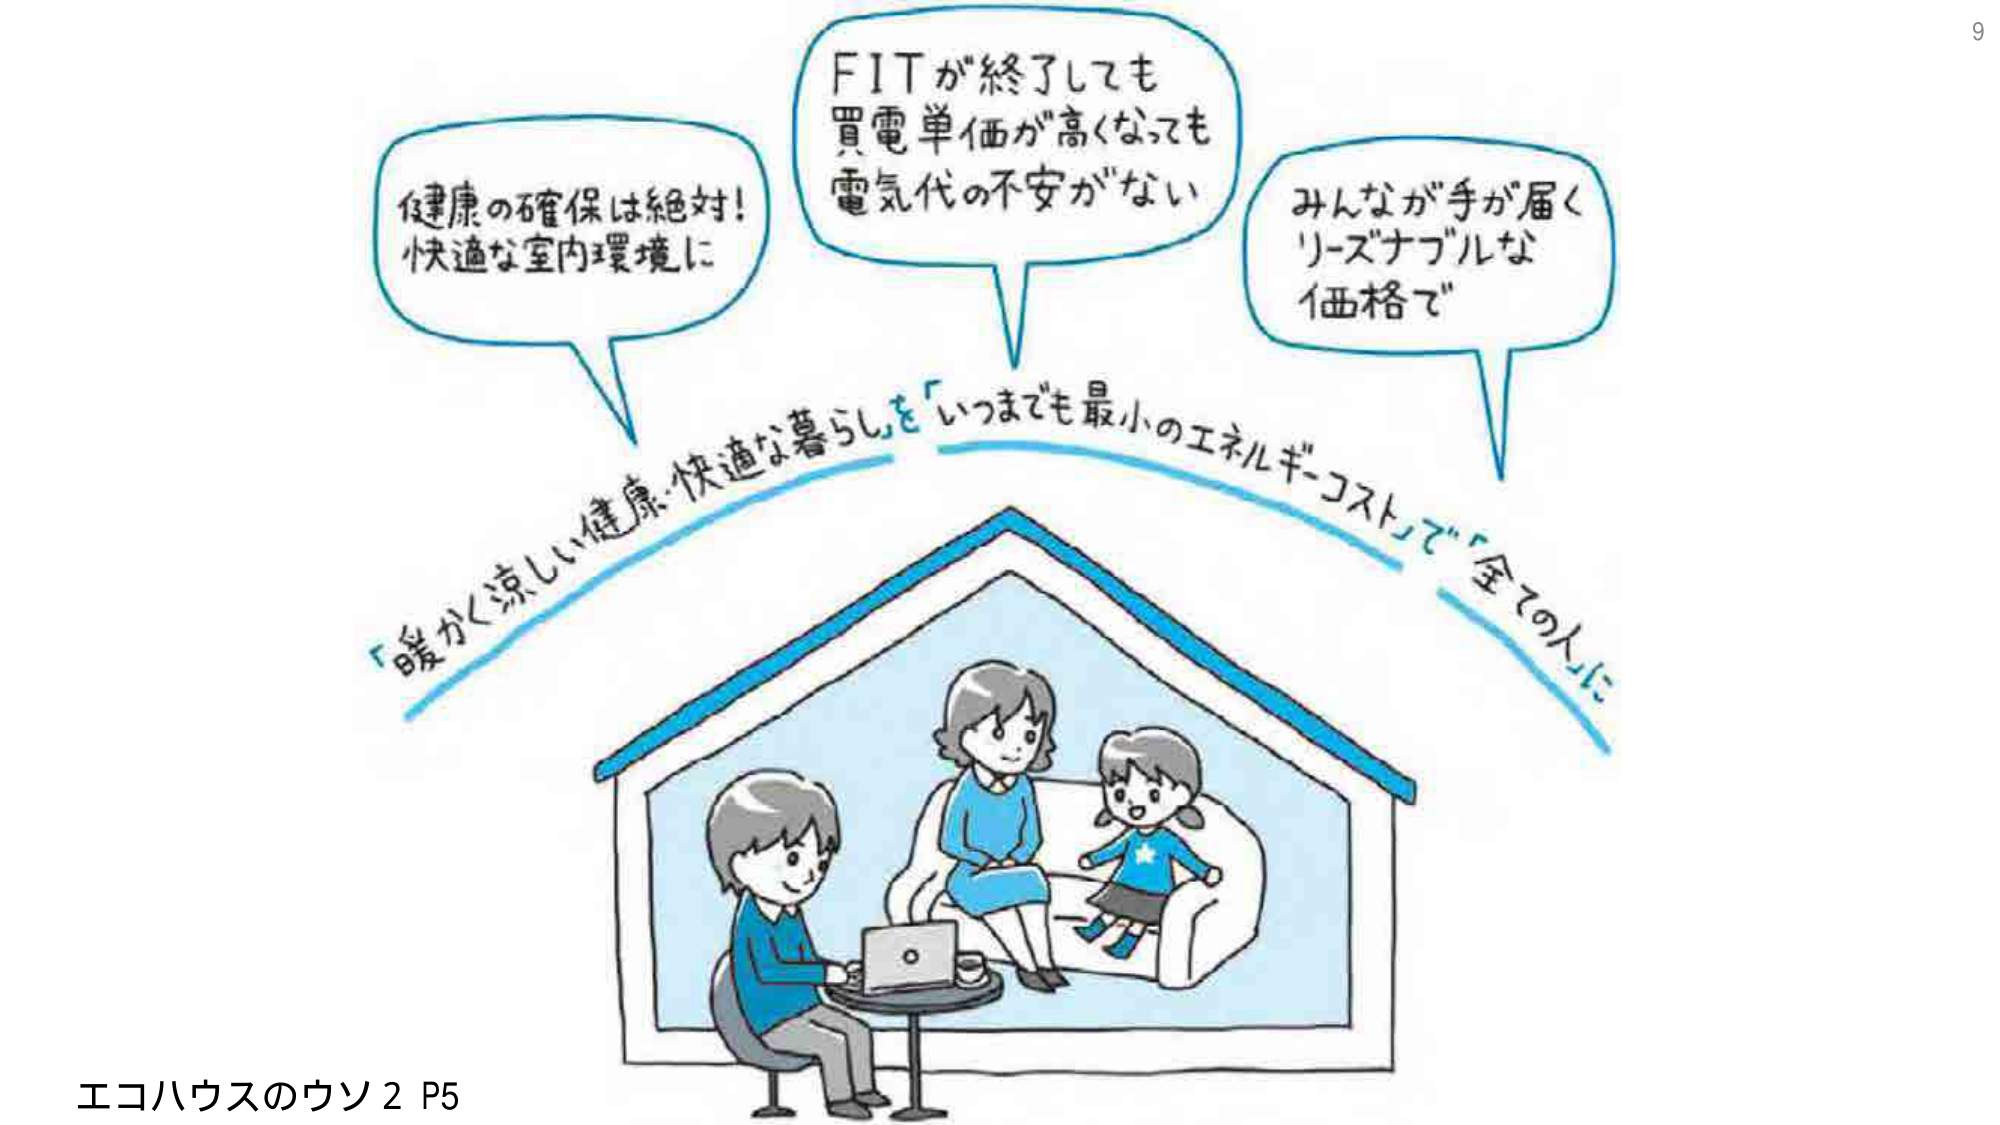
健康の確保は絶対！
快適な室内環境に

FITが終了しても
買電単価が高くなっても
電気代の不安がない

みんなが手が届く
リーズナブルな
価格で

「暖かく涼しい健康・快適な暮らし」を「いつまでも最小のエネルギー・コスト」で「全ての人に」

エコハウスのウソ 2 P5

9